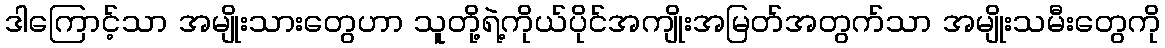
ဒါကြောင့်သာ အမျိုးသားတွေဟာ သူတို့ရဲ့ကိုယ်ပိုင်အကျိုးအမြတ်အတွက်သာ အမျိုးသမီးတွေကို